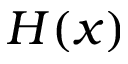
H ( x )